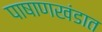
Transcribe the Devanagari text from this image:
पाषाणखंडात